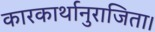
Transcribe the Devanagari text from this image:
कारकार्थानुराजिता।